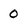
Character: 0